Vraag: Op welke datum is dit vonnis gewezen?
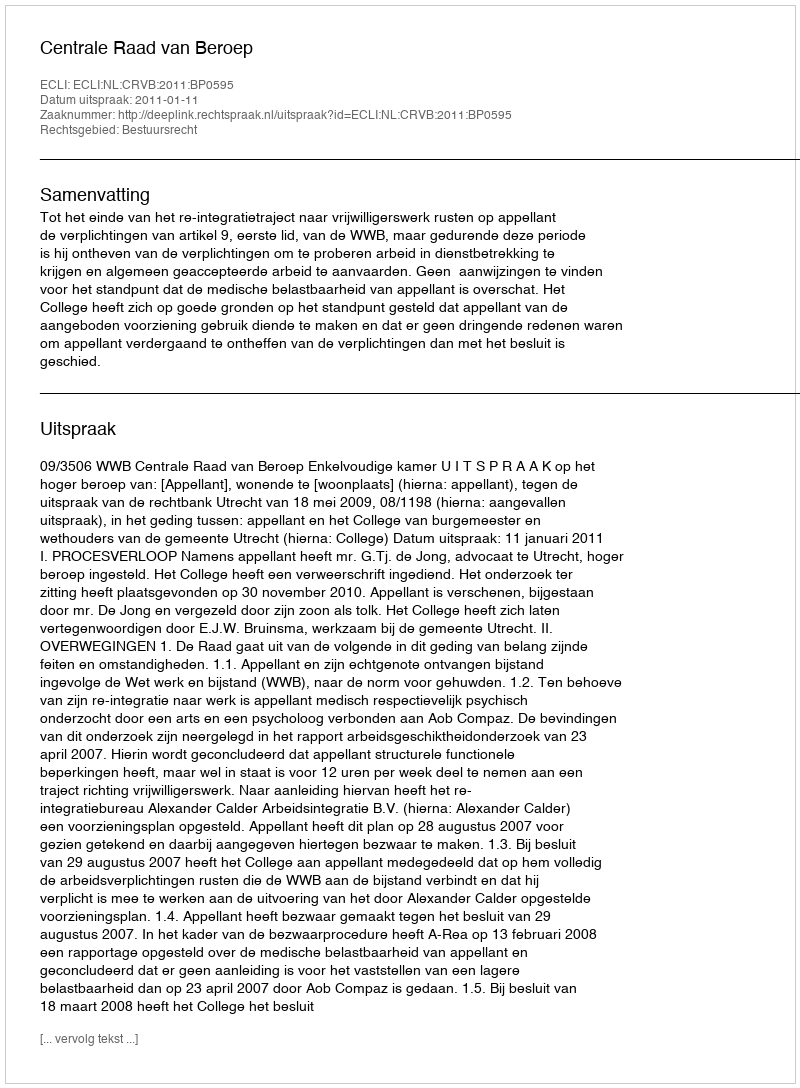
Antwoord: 2011-01-11